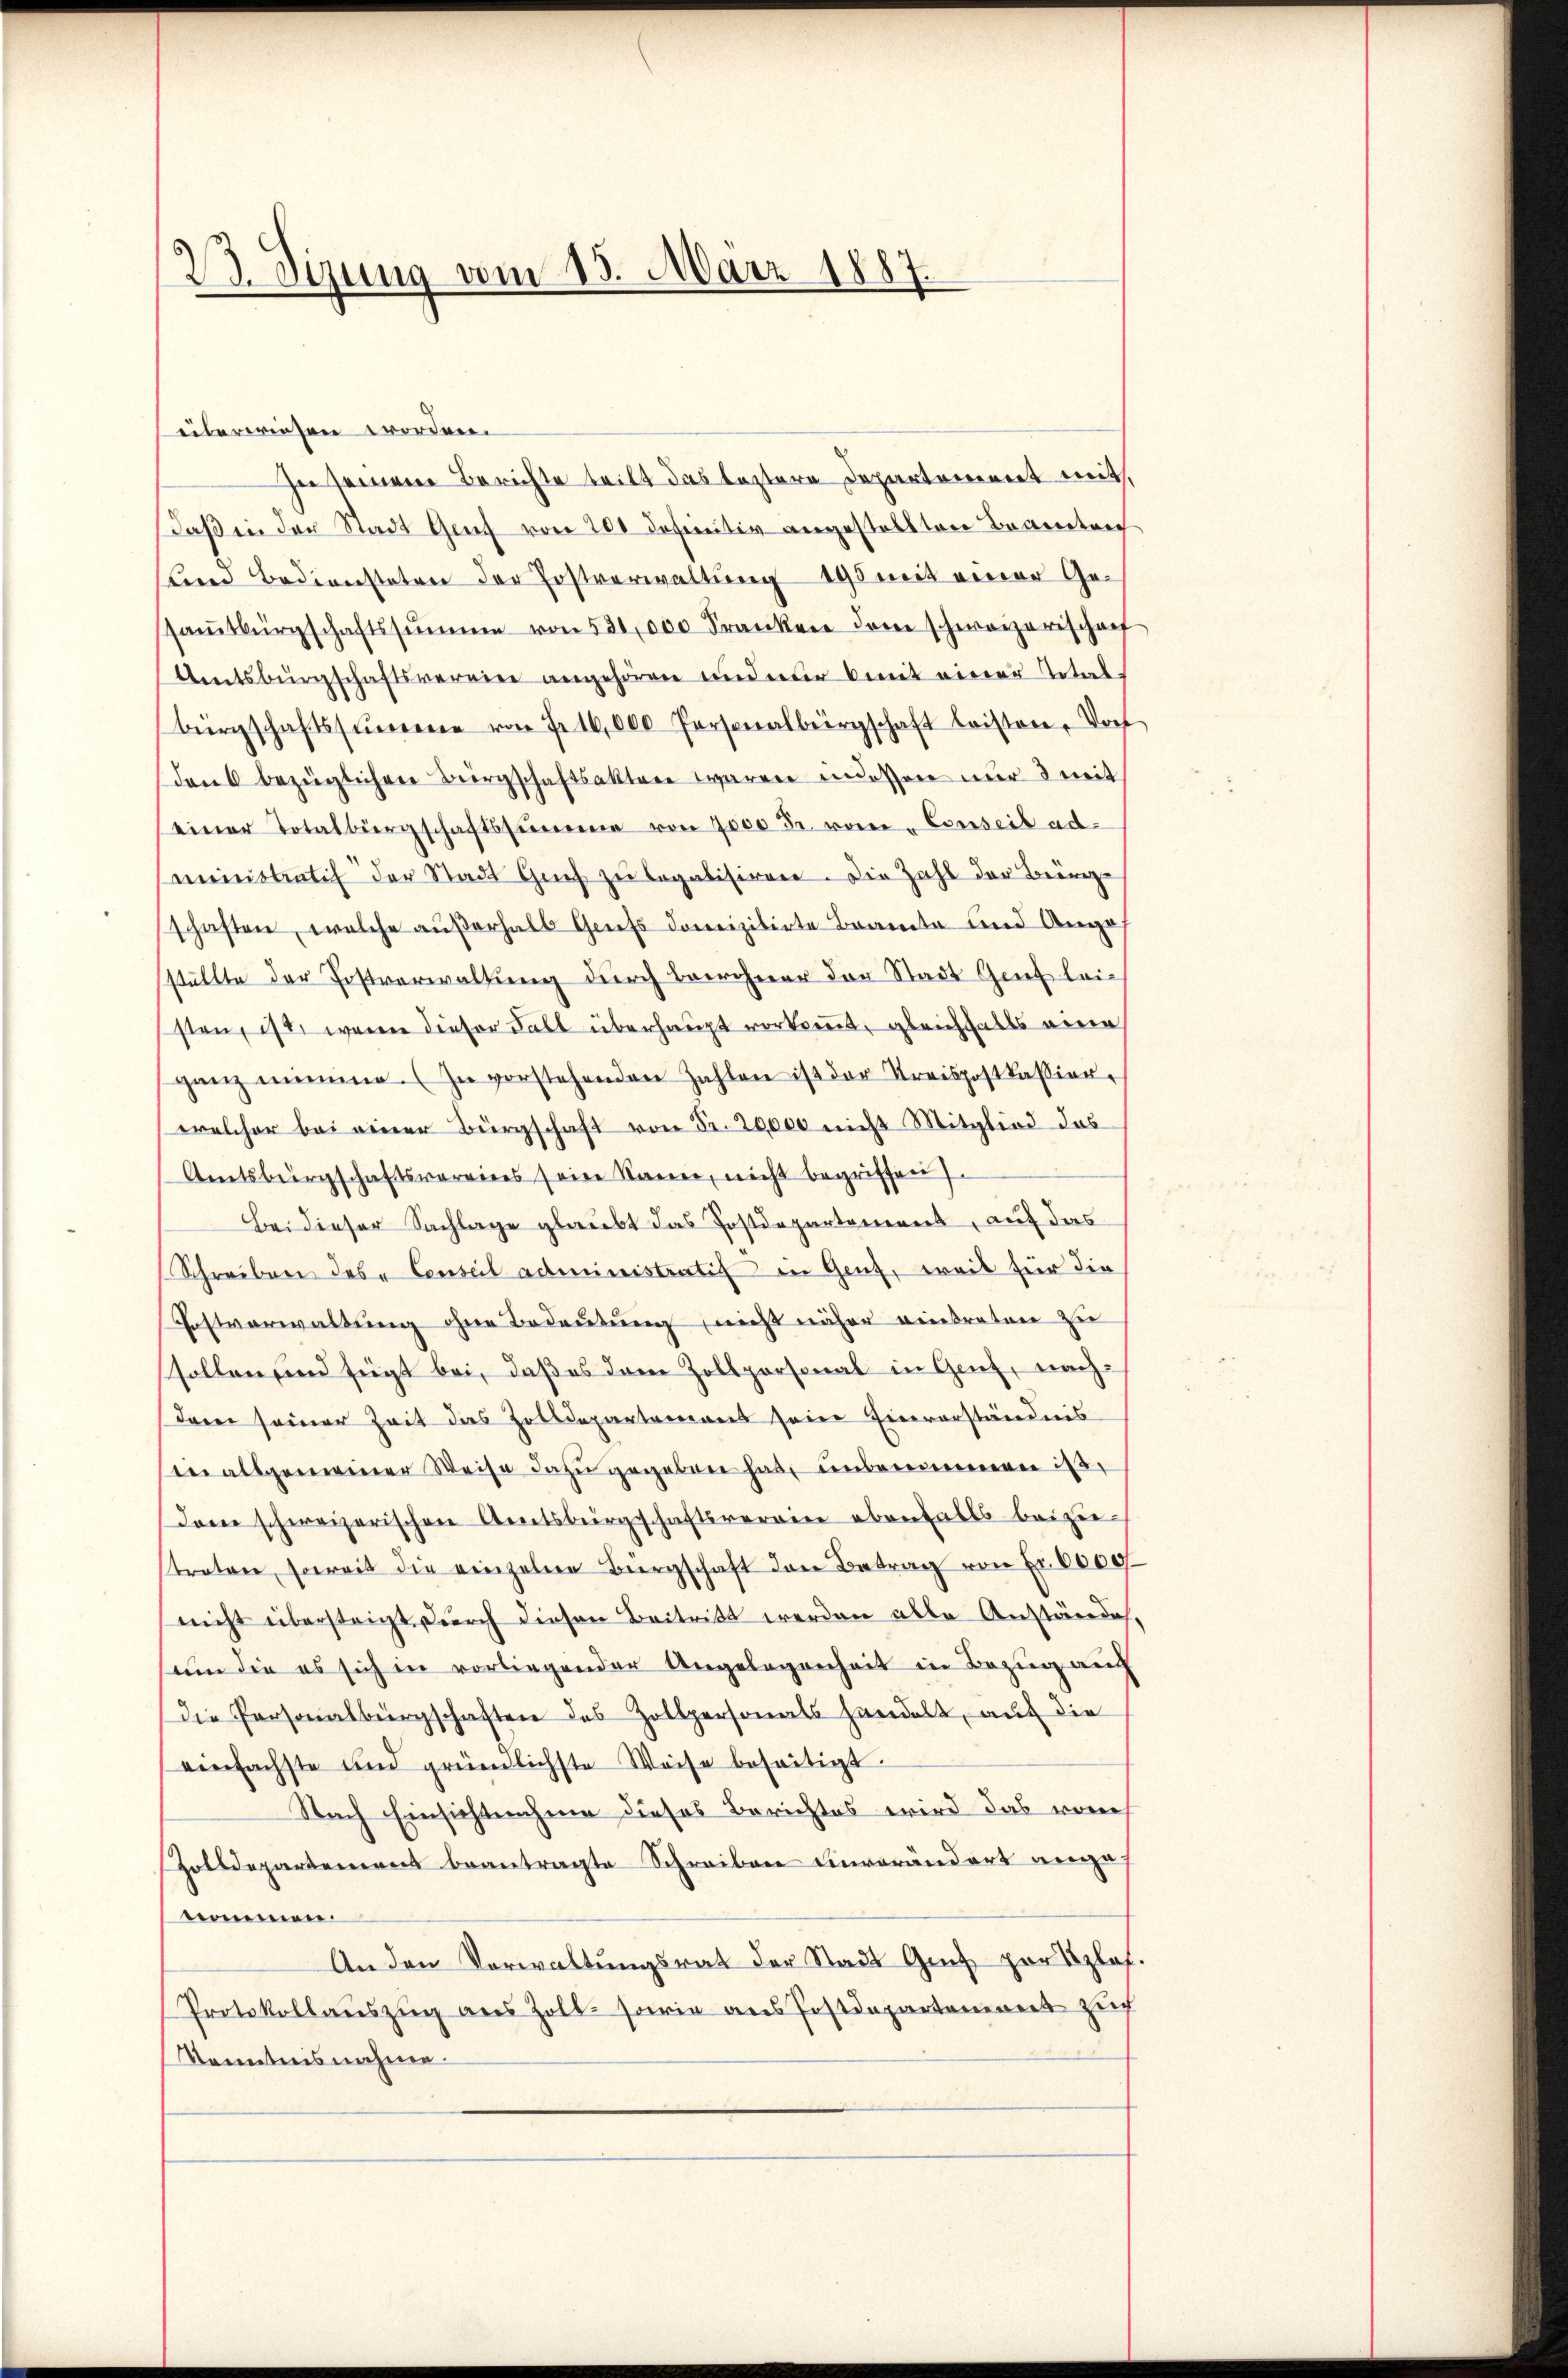
23. Sizung vom 15. März 1887.

üiberwiesen worden.
In seinere Berichte teilt das leztere Departement mit,
daß in der Stadt Graf von 200 definitiv angestellten Beamten
Kind Bediensteten der Postverwaltung 195 mit einer Gesaṁtbürgschaftssŭmme von 531,000 Franken dem schweizerischenf
Amtsbürgschaftsverein angehören anderer mit einer Total-
Bürgschaftssumme von Fr. 16,000 Personalbergschaft leisten. Doch
dan bezüglichen Bürgschaftsakter waren in dessen nur 3 mit
einer Totalbürgschaftssumme von 7000 Fr. vom Conseil admeinstentich der Stadt Gries zu legalisirere. Die Zahl der Berg-
schaften, welche außerhalb Griess domizilirte Beamte und Anges
ställte der Postverwaltung durch Bewohner der Stadt Genf leisten, ist, wenn dieser Fall überhaupt vorkommt, gleichfalls eine
ganz nimme (In vorstehenden Zahlen ist der Kreispostkassion.
welcher bei einer Bürgschaft von Fr. 20,000 nicht Mitglied das
Amtsbürgschaftsvereines seine Namen, nicht begriffen
Bei dieser Sachlage glaubt das Postdepartement, auf das
Schreiben des Conseil administratif in Genf, weil für die
Festverwaltung ohne Bedeutung, nicht näher eintraten zu
sollen sind fügt bei, daß es dem Zollpersonal in Genf, nachdaren seiner Zeit das Zolldepartemens seine Einverständnis
ee allgemeiner Weise dazu gegeben habe unbenommen ist,
Jone schweizerischen Amtsbürgschaftsverrier ebenfalls beizu-
stratore, soweit die einzelere Bürgschaft den Betrag von Fr. 6000
nicht übersteigt, durch diesen Beitritt werden alle Anstände,
um die es sich in vorliegender Angelegenheit in Bezug auch
die Personalbürgschaften des Zollpersonals handelt, auf die
einfachste und gründlichste Weise beseitigt.
Nach Einsichtnahme dieses Berichtes wird das vorh
Zolldepartement beantragte Schreiben einverändert ange
nommen.
An den Vorwaltungsrat der Stadt Grit par Szlaf.
Protokollaŭszŭg aŭs Zoll- sowie ans Postdepartement zŭ
Kenntnisnahme.